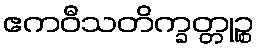
ဧကဝီသတိက္ခတ္တုဉ္စ